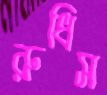
রুধিস